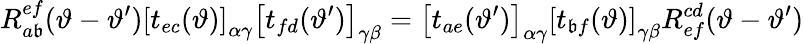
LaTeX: R_{a\mathfrak{b}}^{ef}(\vartheta-\vartheta^{\prime})\left[t_{ec}(\vartheta)\right]_{\alpha\gamma}\left[t_{fd}(\vartheta^{\prime})\right]_{\gamma\beta}=\left[t_{ae}(\vartheta^{\prime})\right]_{\alpha\gamma}\left[t_{\mathfrak{b}f}(\vartheta)\right]_{\gamma\beta}R_{ef}^{cd}(\vartheta-\vartheta^{\prime})